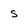
Character: s